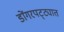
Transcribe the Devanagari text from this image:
डोंगरपट्ट्यात